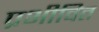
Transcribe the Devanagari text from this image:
प्रभीवित